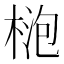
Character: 𱣮